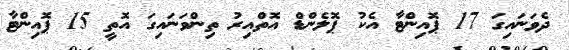
ދެވަނައިގަ 17 ޕޮއިންޓާ އެކު ޕޮލެންޑް އޮތްއިރު ތިންވަނައިގަ އޮތީ 15 ޕޮއިންޓާ